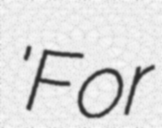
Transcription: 'For